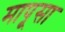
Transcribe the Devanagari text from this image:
मापूसा